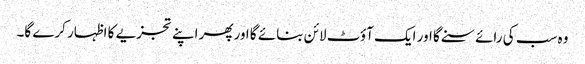
وہ سب کی رائے سنے گا اور ایک آؤٹ لائن بنائے گا اورپھر اپنے تجزیے کا اظہار کرے گا۔